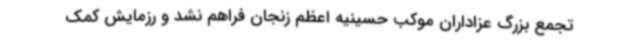
تجمع بزرگ عزاداران موکب حسینیه اعظم زنجان فراهم نشد و رزمایش کمک